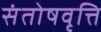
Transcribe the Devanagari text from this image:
संतोषवृत्ति